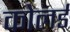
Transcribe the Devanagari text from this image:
कोलर्ड